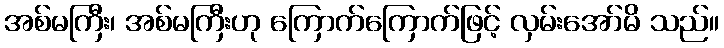
အစ်မကြီး၊ အစ်မကြီးဟု ကြောက်ကြောက်ဖြင့် လှမ်းအော်မိ သည်။